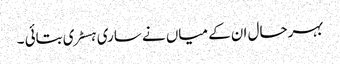
بہرحال ان کے میاں نے ساری ہسٹری بتائی ۔